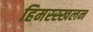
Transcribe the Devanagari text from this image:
हिमस्स्खलन